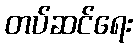
တပ်ဆင်ရေး